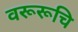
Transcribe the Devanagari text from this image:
वरूरूचि